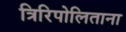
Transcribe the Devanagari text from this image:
त्रिरिपोलिताना